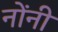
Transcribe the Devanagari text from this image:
नोंनी